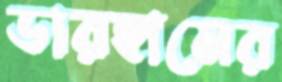
ডারহামের